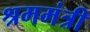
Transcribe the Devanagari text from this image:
श्रममंत्री